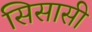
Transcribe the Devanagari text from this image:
सिसासी